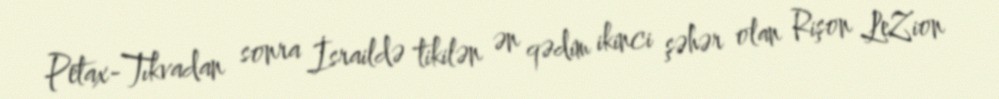
Petax-Tıkvadan sonra İsraildə tikilən ən qədim ikinci şəhər olan Rişon LeZion